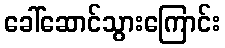
ခေါ်ဆောင်သွားကြောင်း